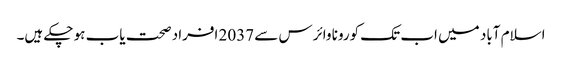
اسلام آباد میں اب تک کورونا وائرس سے 2037 افراد صحت یاب ہو چکے ہیں۔